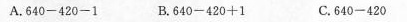
A.$$6 4 0 - 4 2 0 - 1$$ B.$$6 4 0 - 4 2 0 + 1$$ C.$$6 4 0 - 4 2 0$$